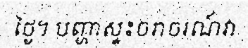
ថ្ងៃ។ បញ្ហាស្ទះចរាចរណ៍វា